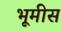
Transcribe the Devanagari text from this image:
भूमीस